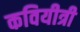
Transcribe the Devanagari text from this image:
कवियीत्री